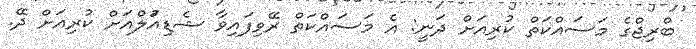
ބްރިޖްގެ މަސައްކަތް ކުރިއަށް ދަނީ: އެ މަސައްކަތް ރޭވިފައިވާ ޝެޑިއަުލްއަށް ކުރިއަށް ދޭ.